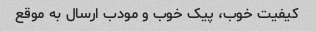
کیفیت خوب، پیک خوب و مودب ارسال به موقع